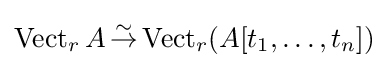
\operatorname {Vect} _{r}A\,{\stackrel {\sim }{\to }}\operatorname {Vect} _{r}(A[t_{1},\dots ,t_{n}])